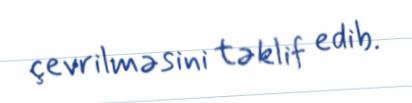
çevrilməsini təklif edib.